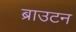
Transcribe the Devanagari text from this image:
ब्राउटन